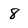
Character: 8